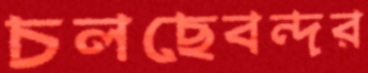
চলছেবন্দর